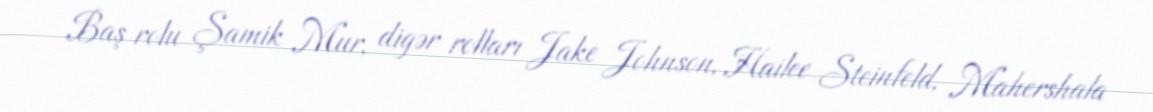
Baş rolu Şamik Mur, digər rolları Jake Johnson, Hailee Steinfeld, Mahershala